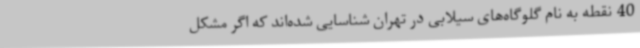
40 نقطه به نام گلوگاه‌های سیلابی در تهران شناسایی شده‌اند که اگر مشکل